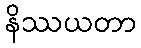
နိဿယတာ